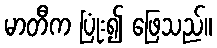
မာတီက ပြုံး၍ ဖြေသည်။